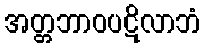
အတ္တဘာဝပဋိလာဘံ